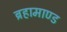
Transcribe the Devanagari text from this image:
ब्रहामाण्ड